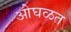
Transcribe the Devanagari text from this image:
ओघळत